Annual report on the health of the army in India
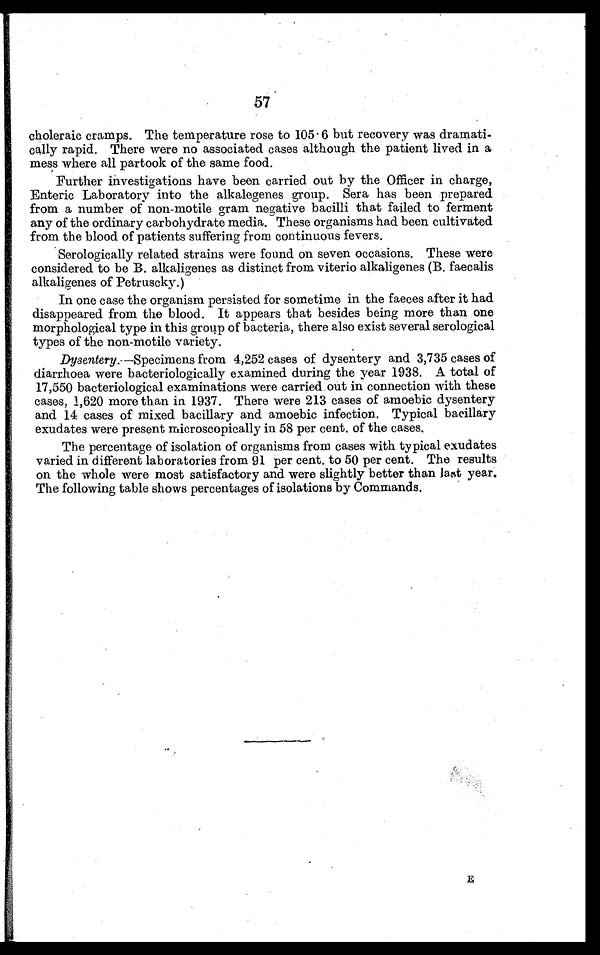
57
choleraic cramps. The temperature rose to 105.6 but recovery was dramati-
cally rapid. There were no associated cases although the patient lived in a
mess where all partook of the same food.
Further investigations have been carried out by the Officer in charge,
Enteric Laboratory into the alkalegenes group. Sera has been prepared
from a number of non-motile gram negative bacilli that failed to ferment
any of the ordinary carbohydrate media. These organisms had been cultivated
from the blood of patients suffering from continuous fevers.
Serologically related strains were found on seven occasions. These were
considered to be B. alkaligenes as distinct from viterio alkaligenes (B. faecalis
alkaligenes of Petruscky.)
In one case the organism persisted for sometime in the faeces after it had
disappeared from the blood. It appears that besides being more than one
morphological type in this group of bacteria, there also exist several serological
types of the non-motile variety.
Dysentery .—Specimens from 4,252 cases of dysentery and 3,735 cases of
diarrhoea were bacteriologically examined during the year 1938. A total of
17,550 bacteriological examinations were carried out in connection with these
cases, 1,620 more than in 1937. There were 213 cases of amoebic dysentery
and 14 cases of mixed bacillary and amoebic infection. Typical bacillary
exudates were present microscopically in 58 per cent. of the cases.
The percentage of isolation of organisms from cases with typical exudates
varied in different laboratories from 91 per cent. to 50 per cent. The results
on the whole were most satisfactory and were slightly better than last year.
The following table shows percentages of isolations by Commands.